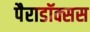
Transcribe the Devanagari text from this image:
पैराडॉक्सस